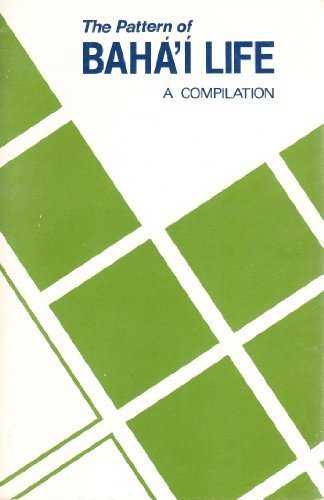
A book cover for The Pattern of Baha'I Life; Abdu'l-Baha; Religion & Spirituality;